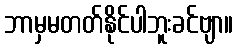
ဘာမှမတတ်နိုင်ပါဘူးခင်ဗျာ။